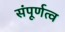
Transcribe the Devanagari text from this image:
संपूर्णत्व